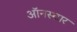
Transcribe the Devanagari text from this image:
ऑनस्टार